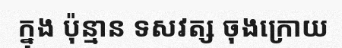
ក្នុង ប៉ុន្មាន ទសវត្ស ចុងក្រោយ